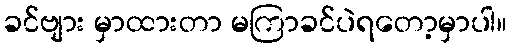
ခင်ဗျား မှာထားတာ မကြာခင်ပဲရတော့မှာပါ။